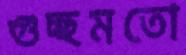
গুচ্ছমতো